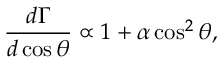
\frac { d \Gamma } { d \cos \theta } \propto 1 + \alpha \cos ^ { 2 } \theta ,